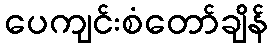
ပေကျင်းစံတော်ချိန်